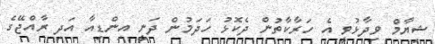
ޝިޔާމް ވިދާޅުވީ އެ ހަރާކާތުން ދެކޮޅު ހަދަމުން ދަނީ އިންޑިއާ އަދި ރާއްޖޭގެ